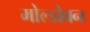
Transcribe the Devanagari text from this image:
मोल्डोवन